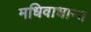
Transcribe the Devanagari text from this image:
मधिवाधान्य